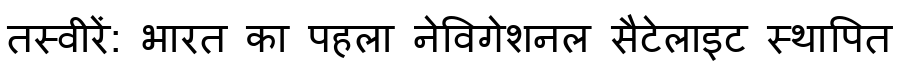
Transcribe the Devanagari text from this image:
तस्वीरें: भारत का पहला नेविगेशनल सैटेलाइट स्थापित